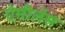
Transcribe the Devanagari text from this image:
ऐमीलेस